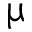
\upmu